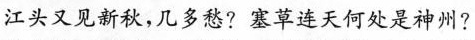
江头又见新秋，几多愁?塞草连天何处是神州?